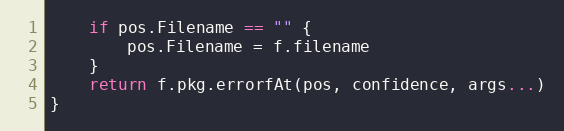
Language: Go
	if pos.Filename == "" {
		pos.Filename = f.filename
	}
	return f.pkg.errorfAt(pos, confidence, args...)
}